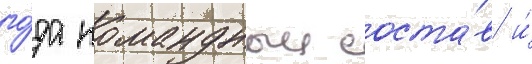
го́да командныи соста́в и́